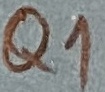
Text: Q1